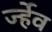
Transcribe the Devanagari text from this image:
र्ज्हेव